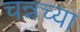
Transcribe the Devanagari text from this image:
चन्नच्या